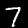
Digit: 7